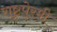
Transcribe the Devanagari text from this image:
राष्ट्रपे्रमी